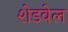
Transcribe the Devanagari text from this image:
शेडवेल